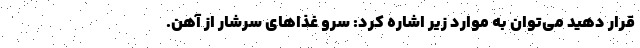
قرار دهید می‌توان به موارد زیر اشاره کرد: سرو غذاهای سرشار از آهن.